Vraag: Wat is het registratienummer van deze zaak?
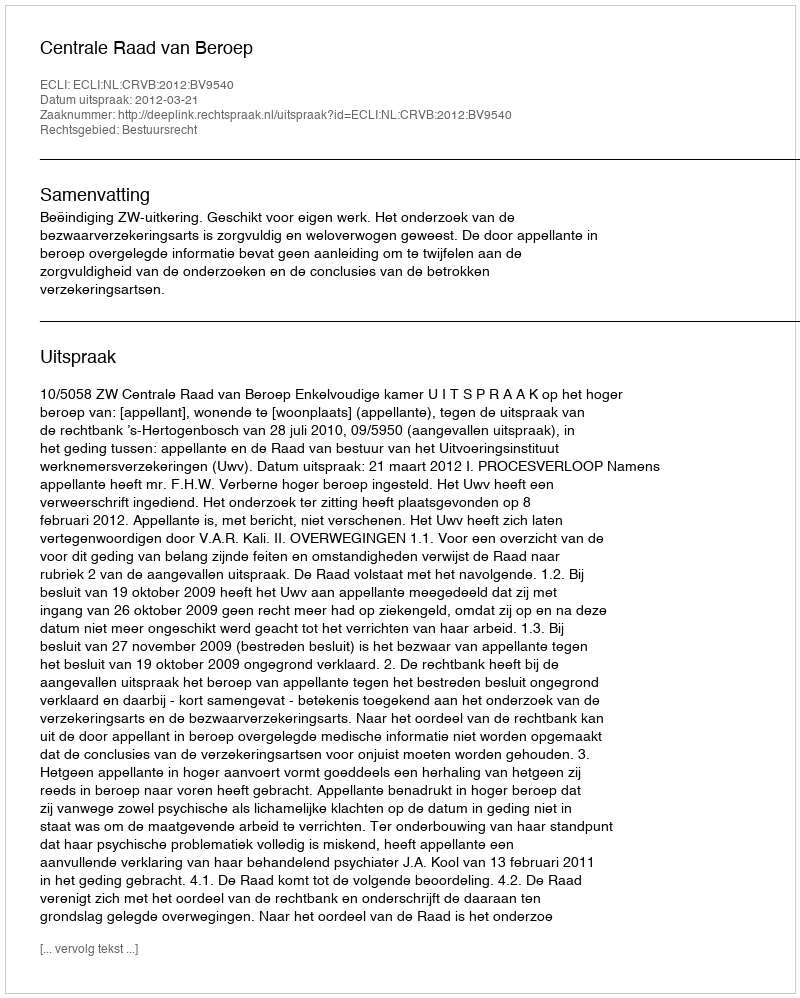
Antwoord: http://deeplink.rechtspraak.nl/uitspraak?id=ECLI:NL:CRVB:2012:BV9540